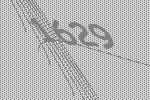
1629